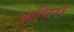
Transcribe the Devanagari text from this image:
आचिरा